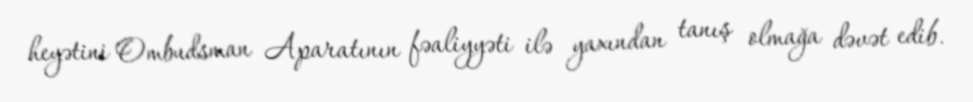
heyətini Ombudsman Aparatının fəaliyyəti ilə yaxından tanış olmağa dəvət edib.